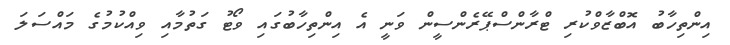
އިންތިހާބު އޮބްޒާވްކުރި ޓްރާންސްޕޭރެންސީން ވަނީ އެ އިންތިހާބުގައި ވޯޓު ގަތުމާއި ވިއްކުމުގެ މައްސަލަ